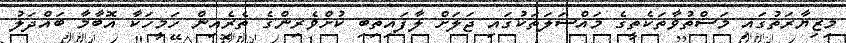
މިޒިޔާރަތުގައި މަސްތުވާތަކެތީގެ މައްސަލަތަކުގައި ޖަލަށް ލާފައިތިބި ކުށްވެރިންގެ ތެރެއިން ހަމީހަކާ އޮބާމާ ބައްދަލު